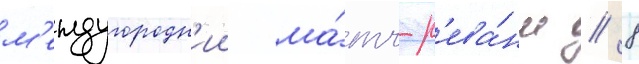
м'еждугородн'ии ма́тч-р'ева́нш // 8